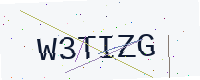
Text: W3TIZG